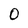
Character: 0